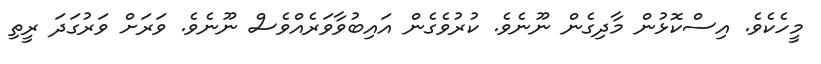
މީހެކެވެ. އިސްކޮޅުން މާދިގެން ނޫނެވެ. ކުރުވެގެން އައިބުވާވަރެއްވެސް ނޫނެވެ. ވަރަށް ވަރުގަދަ ރީތި